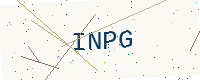
Text: INPG